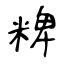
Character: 粺